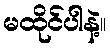
မထိုင်ပါနဲ့။